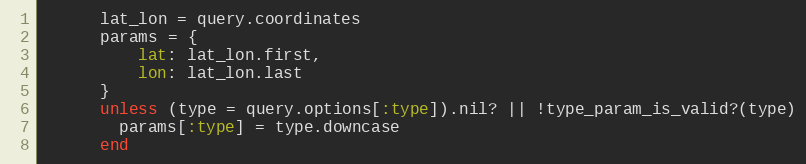
Language: Ruby
      lat_lon = query.coordinates
      params = {
          lat: lat_lon.first,
          lon: lat_lon.last
      }
      unless (type = query.options[:type]).nil? || !type_param_is_valid?(type)
        params[:type] = type.downcase
      end